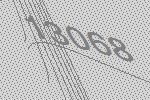
13068